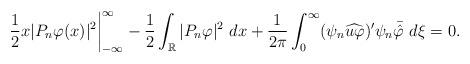
LaTeX: \begin{align*}\frac{1}{2}x|P_n\varphi(x)|^2\bigg|_{-\infty}^{\infty}-\frac{1}{2}\int_{\mathbb{R}}|P_n\varphi|^2~dx +\frac{1}{2\pi}\int_0^{\infty}(\psi_n \widehat{u\varphi})'\psi_n\bar{\hat\varphi}~d\xi=0.\end{align*}